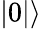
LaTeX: |0|\rangle